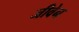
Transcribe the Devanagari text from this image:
जीवेन